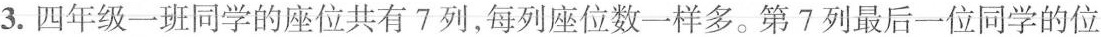
3.四年级一班同学的座位共有7列，每列座位数一样多。第7列最后一位同学的位